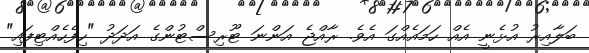
ބަލާއިރު އުޅެނީ އެއް ހަމައެއްގަ އެވެ. ރާއްޖެ އަންނަ ޓޫރިސްޓުންގެ އަދަދު "ހިފެހެއްޓިފައި"